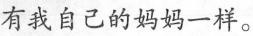
有我自己的妈妈一样。